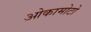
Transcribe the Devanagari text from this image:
ओकामोटो